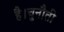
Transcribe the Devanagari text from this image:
है।चुनौती